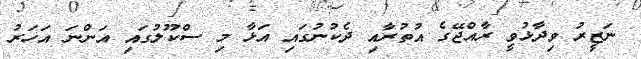
ނަޒީރު ވިދާޅުވީ ރާއްޖޭގެ އުތުރާއި ދެކުުނުގައި އަޅާ މި ސްކޫލުގައި އަންނަ އަހަރު